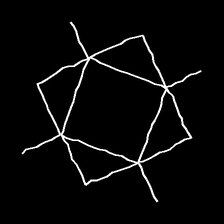
Glyph: light